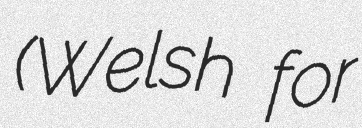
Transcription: (Welsh for